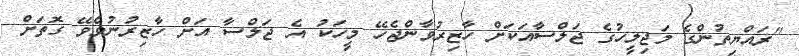
"ރައްޔިތުންގެ މަޖިލީހުގެ ޖަލްސާއަކަށް ހާޒިރުވާންޖެހޭ މީހަކު އެ ޖަލްސާ އަށް ހާޒިރުނުވެވޭ ގޮތަށް